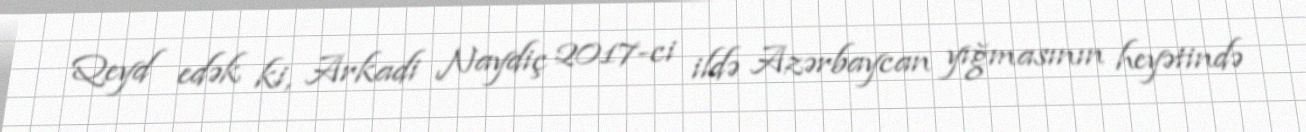
Qeyd edək ki, Arkadi Naydiç 2017-ci ildə Azərbaycan yığmasının heyətində